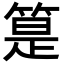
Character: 䈕